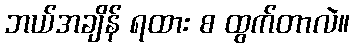
ဘယ်အချိန် ရထား စ ထွက်တာလဲ။